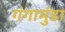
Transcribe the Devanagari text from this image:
गंगामुंडा